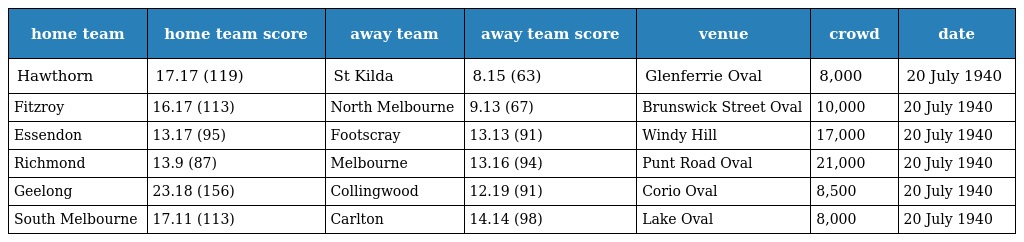
| home team | home team score | away team | away team score | venue | crowd | date |
 | --- | --- | --- | --- | --- | --- | --- |
 | Hawthorn | 17.17 (119) | St Kilda | 8.15 (63) | Glenferrie Oval | 8,000 | 20 July 1940 |
 | Fitzroy | 16.17 (113) | North Melbourne | 9.13 (67) | Brunswick Street Oval | 10,000 | 20 July 1940 |
 | Essendon | 13.17 (95) | Footscray | 13.13 (91) | Windy Hill | 17,000 | 20 July 1940 |
 | Richmond | 13.9 (87) | Melbourne | 13.16 (94) | Punt Road Oval | 21,000 | 20 July 1940 |
 | Geelong | 23.18 (156) | Collingwood | 12.19 (91) | Corio Oval | 8,500 | 20 July 1940 |
 | South Melbourne | 17.11 (113) | Carlton | 14.14 (98) | Lake Oval | 8,000 | 20 July 1940 |